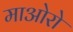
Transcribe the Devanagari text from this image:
माओरो